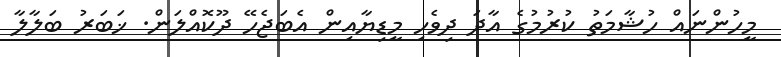
މީހުންނައް ހުޝާމަތު ކުރުމުގެ އާދަ ދިވެހި މީޑިޔާއިން އެބަޖެހޭ ދޫކޮއްލަން. ޚަބަރު ބަލާލާ